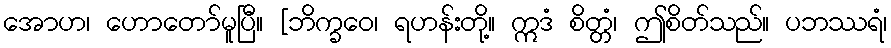
အောဟ၊ ဟောတော်မူပြီ။ [ဘိက္ခဝေ၊ ရဟန်းတို့။ ဣဒံ စိတ္တံ၊ ဤစိတ်သည်။ ပဘဿရံ၊